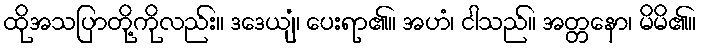
ထိုအသပြာတို့ကိုလည်း။ ဒဒေယျံ၊ ပေးရာ၏။ အဟံ၊ ငါသည်။ အတ္တနော၊ မိမိ၏။